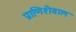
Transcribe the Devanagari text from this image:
प्राणिशैवाल